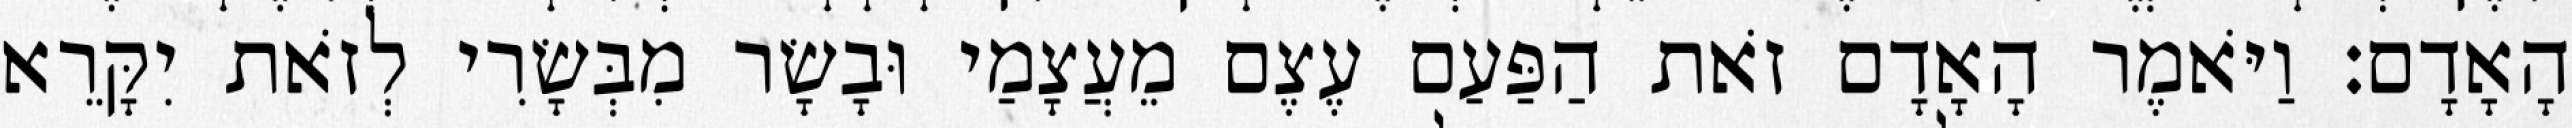
הָאָדָם׃ וַיֹּאמֶר הָאָדָם זֹאת הַפַּעַם עֶצֶם מֵעֲצָמַי וּבָשָׂר מִבְּשָׂרִי לְזֹאת יִקָּרֵא